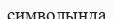
символында